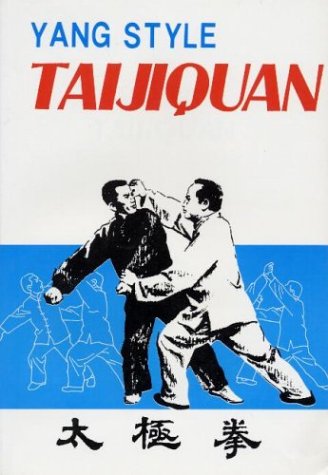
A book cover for Yang Style Taijiquan; Yu Shenquan; Sports & Outdoors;